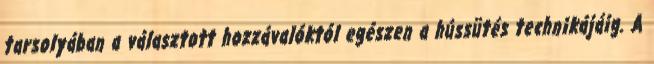
tarsolyában a választott hozzávalóktól egészen a hússütés technikájáig. A